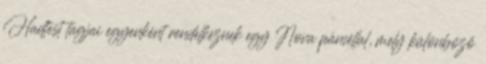
Hadtest tagjai egyenként rendelkeznek egy Nova páncéllal, mely különböző